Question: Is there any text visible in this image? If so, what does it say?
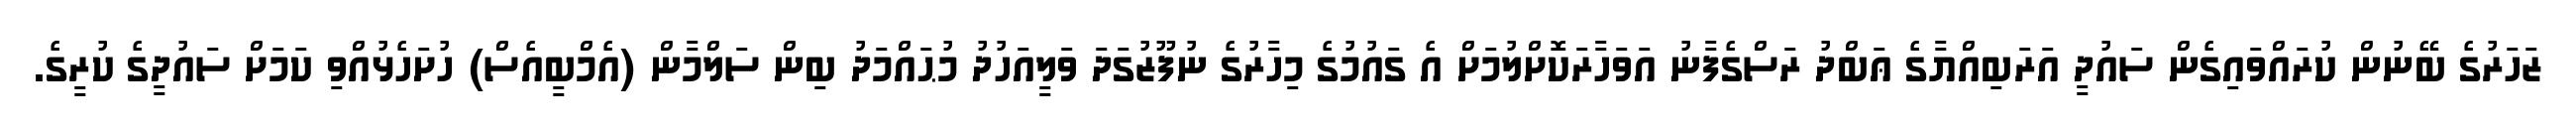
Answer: ޒަހަރުގެ ބޭނުން ކުރައްވައިގެން ސައުދީ އަރަބިއްޔާގެ ޢަބްދު ރަސްގެފާނު އަވަހާރަކޮށްލުމަށް އެ ގައުމުގެ މިހާރުގެ ނުފޫޒުގަދަ ވަލީއަހުދު މުޙައްމަދު ބިން ސަލްމާން (އެމްބީއެސް) ހުށަހެޅުއްވި ކަމަށް ސައުދީގެ ކުރީގެ.